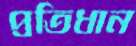
প্রতিধান